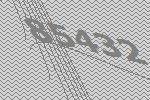
85432